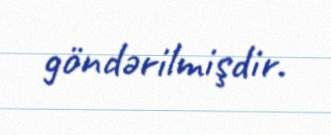
göndərilmişdir.